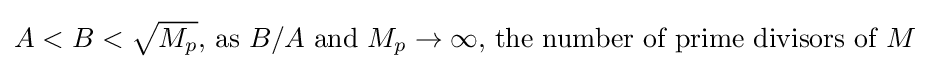
A<B<{\sqrt {M_{p}}}{\text{, as }}B/A{\text{ and }}M_{p}\rightarrow \infty {\text{, the number of prime divisors of }}M